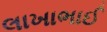
લાખાભાઈ